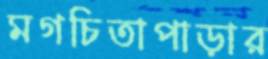
মগচিতাপাড়ার